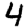
Digit: 4